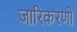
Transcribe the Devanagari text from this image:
जारिकरणों